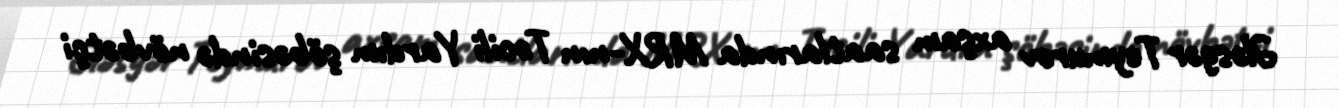
Ələsgər Teymurov axşam saatlarında MRX-nın Təcili Yardım şöbəsində növbətçi